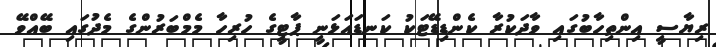
ރިޔާސީ އިންތިހާބުގައި ވާދަކުރާ ކެންޑިޑޭޓަކު ކަނޑައަޅަނީ ޕާޓީގެ ހުރިހާ މެމްބަރުންގެ މެދުގައި ބޭއްވޭ